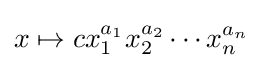
x\mapsto cx_{1}^{a_{1}}x_{2}^{a_{2}}\cdots x_{n}^{a_{n}}